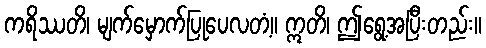
ကရိဿတိ၊ မျက်မှောက်ပြုပေလတံ့။ ဣတိ၊ ဤရွေ့အပြီးတည်း။